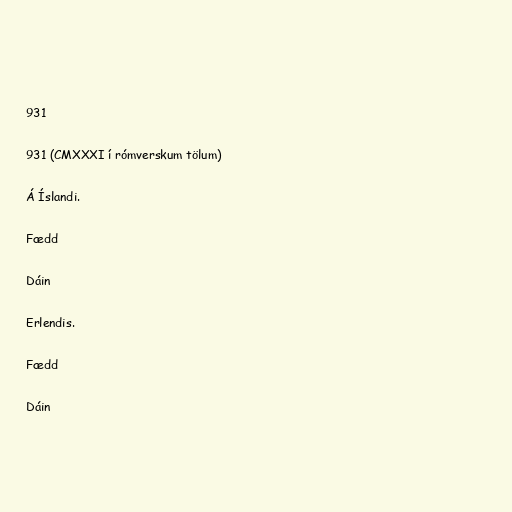
931

931 (CMXXXI í rómverskum tölum)

Á Íslandi.

Fædd

Dáin

Erlendis.

Fædd

Dáin